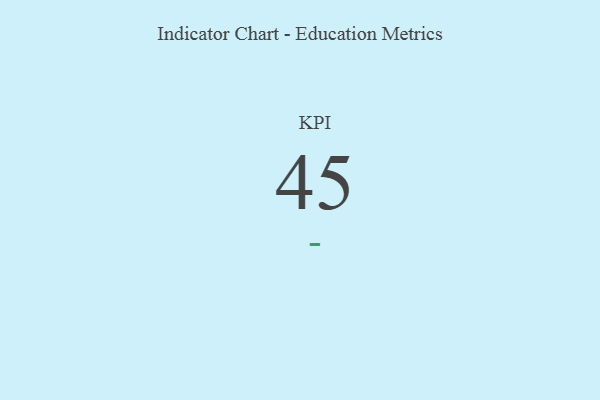
{"axis": {"x": "KPI", "y": "Value"}, "legend": [""], "data": [{"x": "KPI", "y": 45, "type": ""}]}